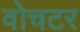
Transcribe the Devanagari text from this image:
वोचटर